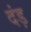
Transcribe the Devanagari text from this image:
दंड़